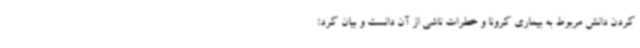
کردن دانش مربوط به بیماری کرونا و خطرات ناشی از آن دانست و بیان کرد: